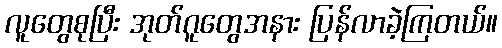
လူတွေစုပြီး အုတ်ဂူတွေအနား ပြန်လာခဲ့ကြတယ်။